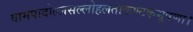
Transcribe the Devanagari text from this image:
वामपादोल्लसल्लोहलताकण्टकभूषणा।